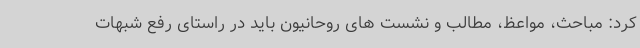
کرد: مباحث، مواعظ، مطالب و نشست های روحانیون باید در راستای رفع شبهات